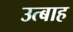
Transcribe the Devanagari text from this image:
उत्बाह